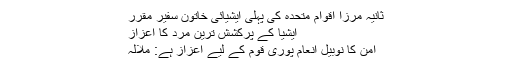
ثانیہ مرزا اقوام متحدہ کی پہلی ایشیائی خاتون سفیر مقرر
ایشیا کے پرکشش ترین مرد کا اعزاز
امن کا نوبیل انعام پوری قوم کے لیے اعزاز ہے: ملالہ